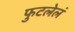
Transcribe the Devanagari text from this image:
फुटलेलं